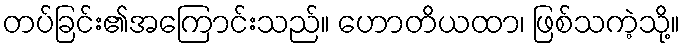
တပ်ခြင်း၏အကြောင်းသည်။ ဟောတိယထာ၊ ဖြစ်သကဲ့သို့။